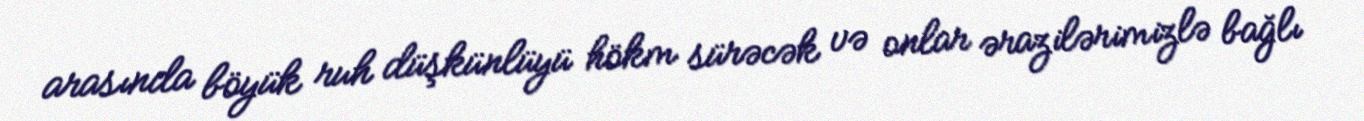
arasında böyük ruh düşkünlüyü hökm sürəcək və onlar ərazilərimizlə bağlı